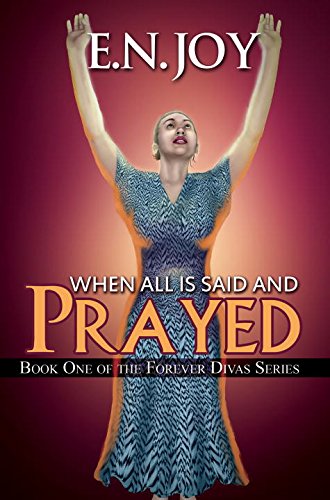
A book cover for When All Is Said and Prayed: Book One of the Forever Diva Series; E.N. Joy; Literature & Fiction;